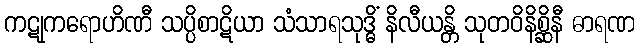
ကဋုကရောဟိဏီ သပ္ပိစာဋိယာ သံသာရသုဒ္ဓိံ နိလီယန္တိ သုတဝိနိစ္ဆိနီ ဓာရဏ